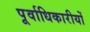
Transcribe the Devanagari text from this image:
पूर्वाधिकारीयों